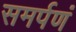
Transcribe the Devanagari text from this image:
समर्पणं